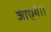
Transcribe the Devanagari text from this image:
जाएगे।।